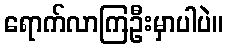
ရောက်လာကြဦးမှာပါပဲ။